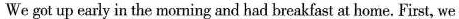
We got up early in the morning and had breakfast at home. First, we